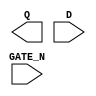
module sky130_fd_sc_lp__dlxtn (
    Q     ,
    D     ,
    GATE_N
);

    output Q     ;
    input  D     ;
    input  GATE_N;

    // Voltage supply signals
    supply1 VPWR;
    supply0 VGND;
    supply1 VPB ;
    supply0 VNB ;

endmodule